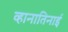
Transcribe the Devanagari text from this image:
व्हानातिनाई